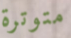
متوترة